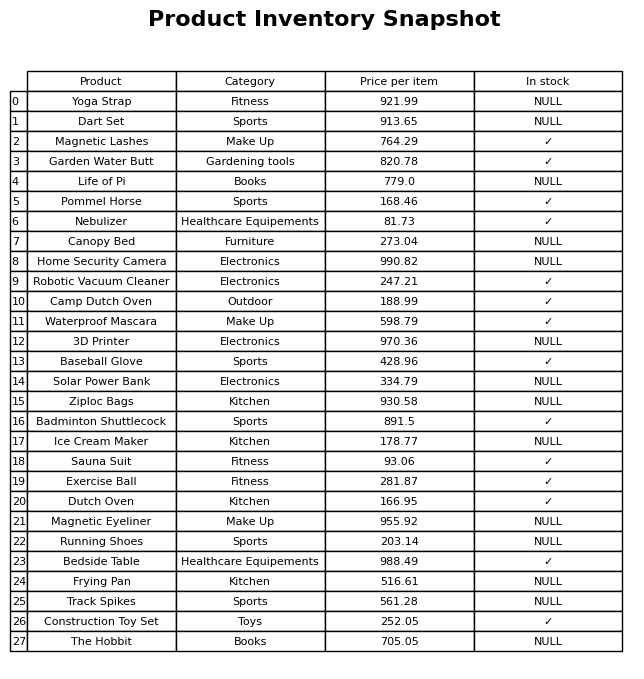
question: What is the price of the Badminton Shuttlecock?
answer: The price of Badminton Shuttlecock is 891.5.